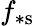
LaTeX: f_{\ast\mathrm{s}}